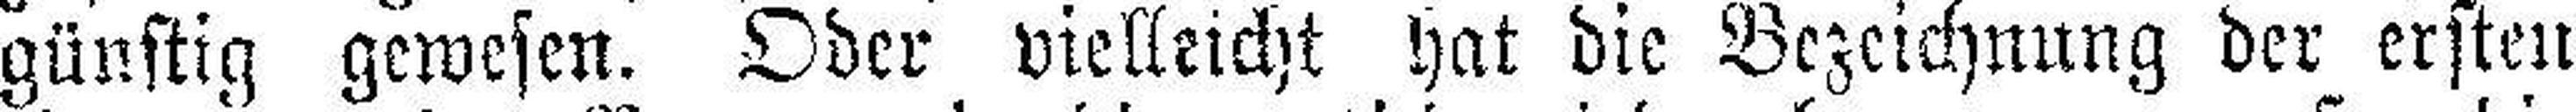
günstig gewesen. Oder vielleicht hat die Bezeichnung der ersten